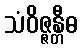
သံဝိဇ္ဇန္တီဓ